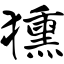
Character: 獯